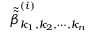
\tilde { \tilde { \beta } } _ { k _ { 1 } , k _ { 2 } , \cdots , k _ { n } } ^ { ( i ) }